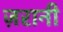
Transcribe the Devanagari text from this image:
ज़रानी